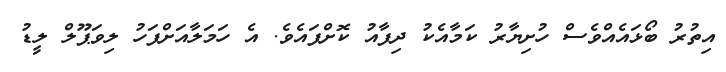
އިތުރު ބޯޅައެއްވެސް ހުށިޔާރު ކަމާއެކު ދިފާއު ކޮށްފައެވެ. އެ ހަމަލާއަށްފަހު ލިވަޕޫލް ލީޑު